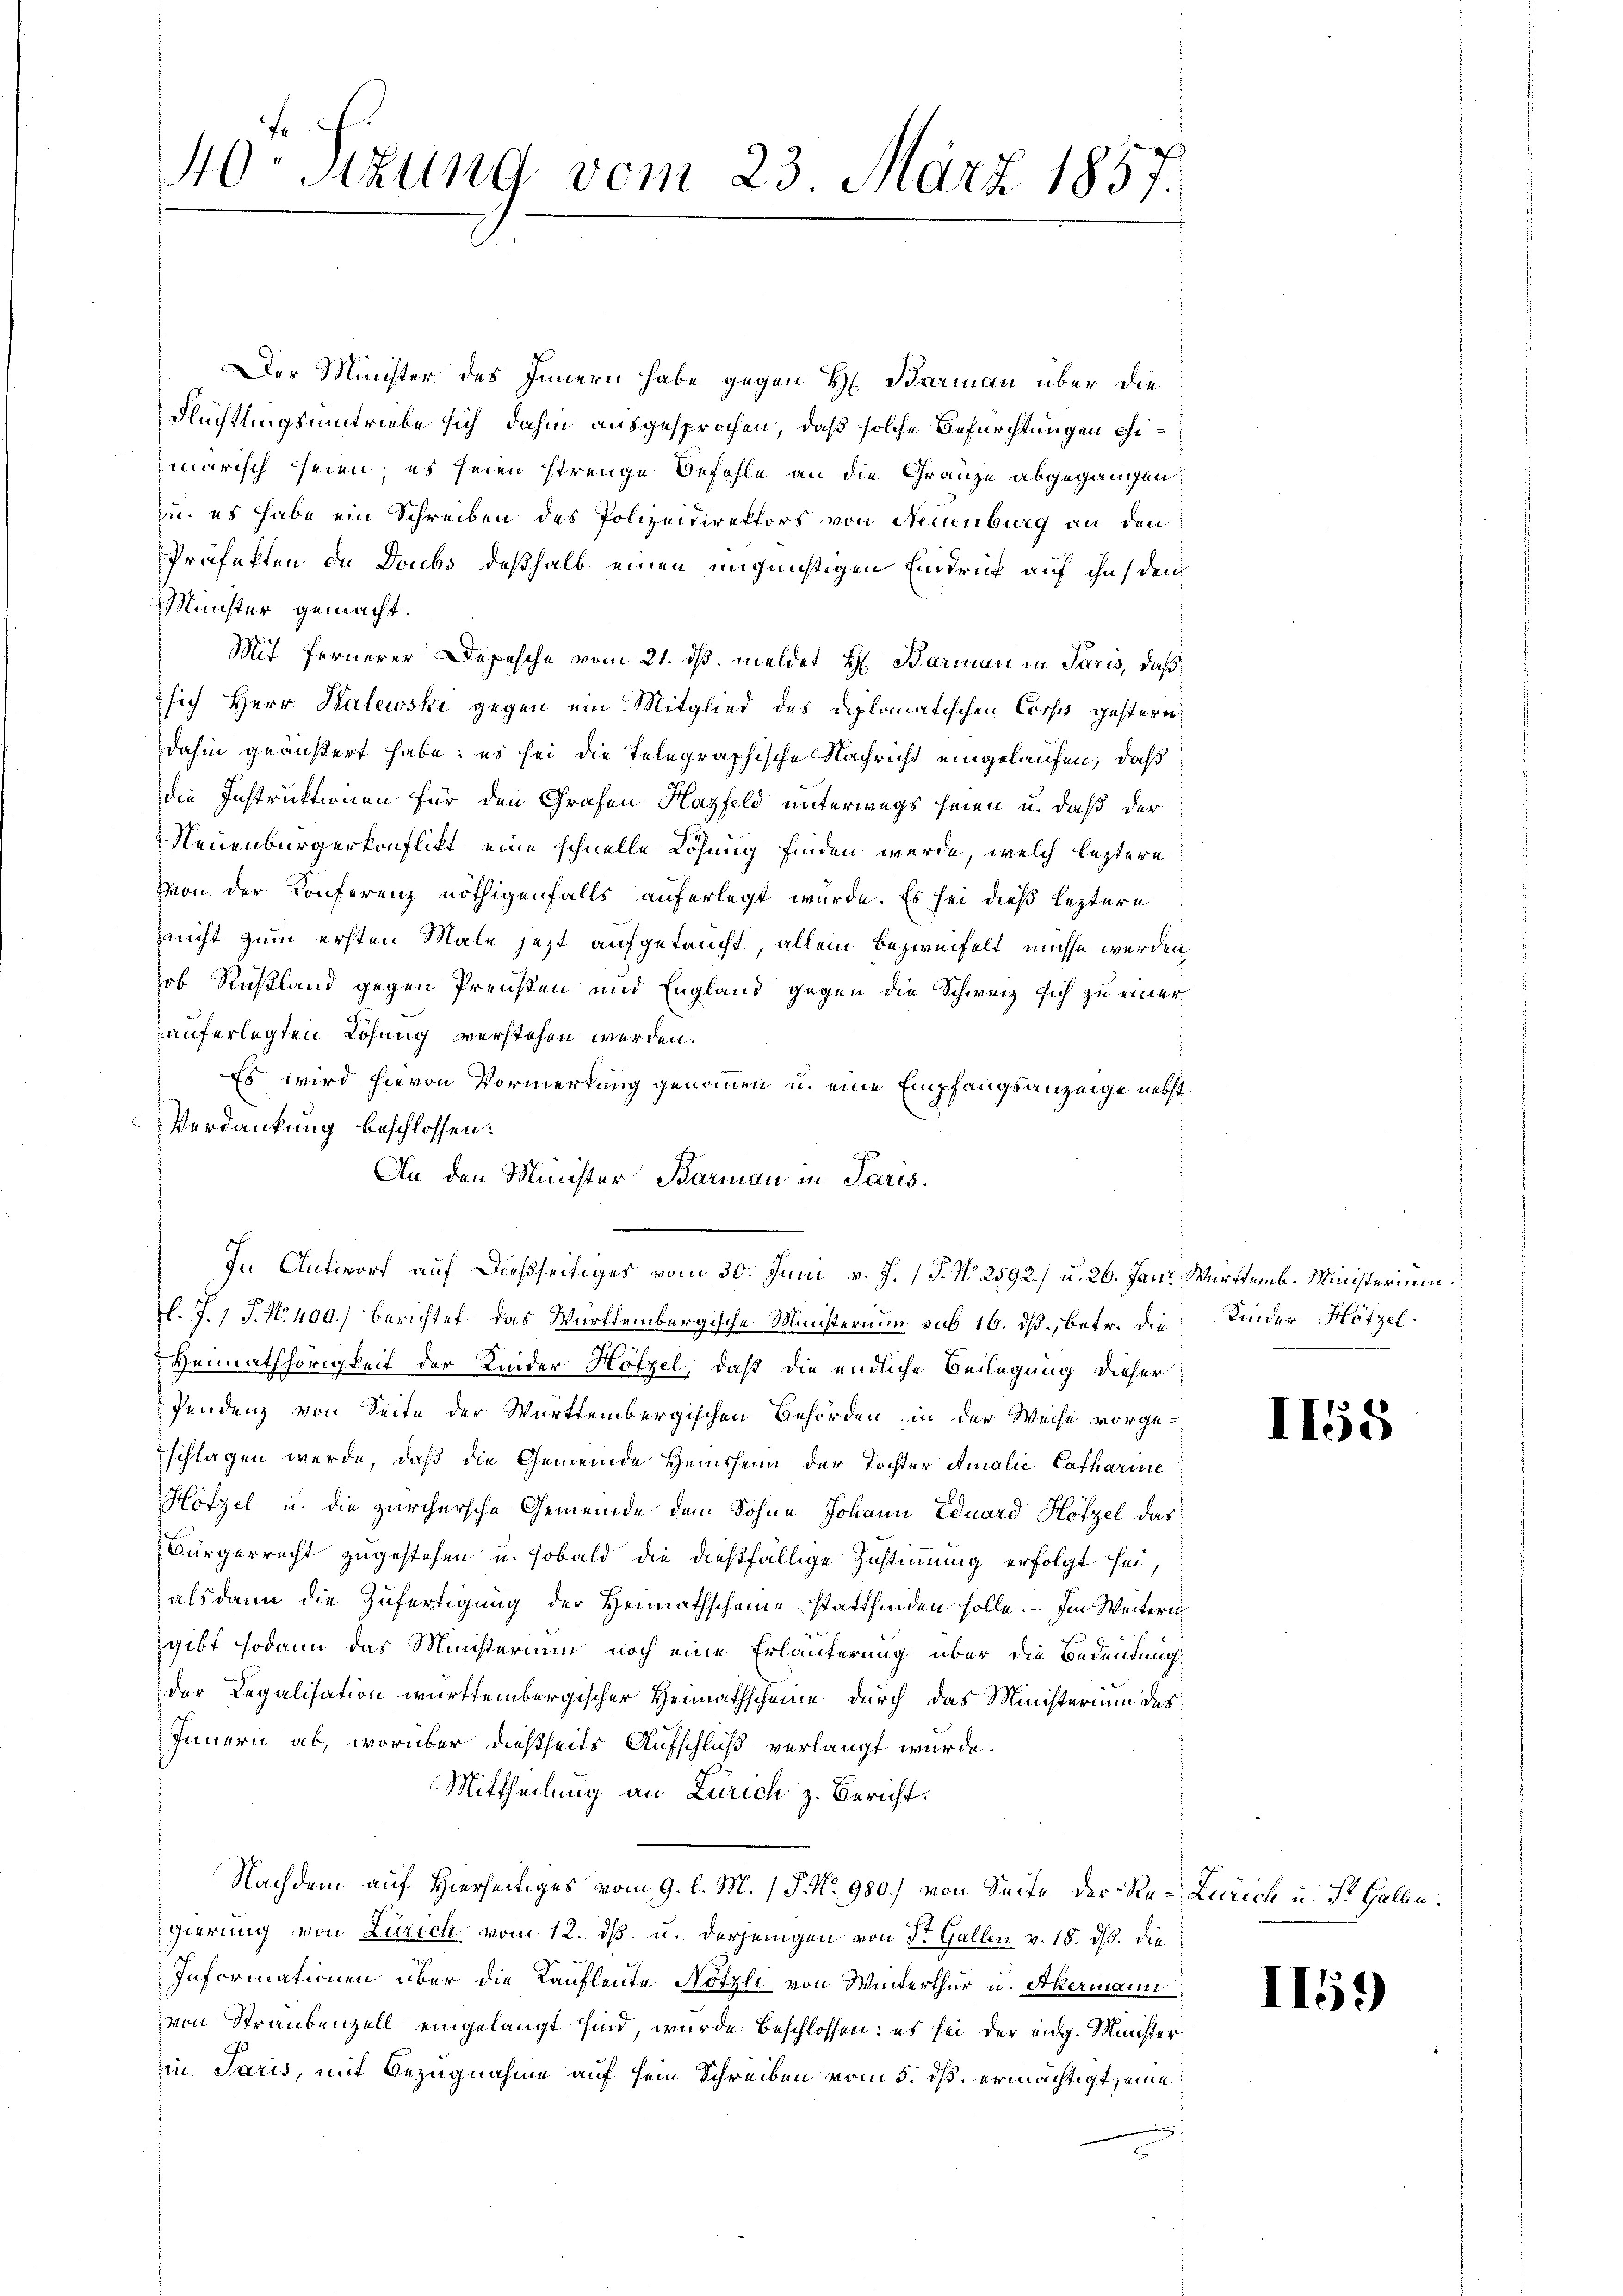
40. Sekung vom 23. März 1857.

Der Minister, des Innern habe gegen H. Barmann über die
Flüchtungsumtriebe sich dahin ausgesprochen, daß solche Befürchtungen eimarisch seien; es seien strenge Befehle an die Gränze abgegangen
u. es habe ein Schreiben des Polizeidirektors von Neuenburg an den
Präfekten de Doubs deßhalb einen ungünstigen Eindruck auf ihn den
Münster gemacht.
Mit fernerer Depesche vom 21. ds. meldet H. Barmann in Paris, daß
2 sich Herr Halewski gegen ein Mitglied des Diplomatischen Corps gestern
dahin geäußert habe; es sei die Telegraphische Nachricht eingelaufen, daß
die Instruktionen für den Grafen Hazfeld unterwegs seien u. daß der
Neuenburgerkonflikt, eine schnelle Lösung finden werde, welch leztere
Von der Konferenz nöthigenfalls auferlegt wurde. Es sei dieß leztere
Zeucht zum ersten Male jetzt aufgetaucht, allein bezweifelt, müsse werden
ob Rußland gegen Preisten und England gegen die Schweiz sich zu einer
auferlegten Lösung verstehen werden.
Es wird hievon Vormerkung genommen u. eine Empfangsanzeige nebst
Verdankung beschlossen:
An den Minister Barmann in Paris.
In Antworf auf dießseitiges vom 30. Juni v. J. (T. N. 2592) u. 26. Jan. Württemb. Ministerium
l. J. J. N. 400.) Berichtet das Württembergische Ministerium sub 16. ds., betr. die Kinder Hötzel
Heimathörigkeit der Kinder Höfzel, daß die endliche Beilegung dieser
Pendenz von Seite der Württembergischen Behörden, in der Weise vorge-
schlagen werde, daß die Gemeinde Heinsheim der Tochter Amalie Catharine
Hötzel u. die zürchersche Gemeinde dem Sohne Johann Eduard Höfzel das
Bürgerrecht zugestehen u. sobald die dießfällige Zustimmung erfolgt sei,
alsdann die Zufertigung der Heimathscheine stattfinden solle. — Im Weitern
gibt sodann das Ministerium noch eine Erläuterung über die Bedeutung
der Legalisation württembergischer Heimathscheine durch das Ministerium des
Innern ab, worüber dießseits Aufschluß verlangt wurde.
Mittheilung an Zürich z. Bericht.
Nachdem auf Hierseitiges vom 9. l. M. P. Nr. 980.) von Seite der Re-Zürich u. St. Gallen.
gierung von Zürich vom 12. ds. u. derjenigen von Dr. Gallen v. 18. ds. die
Informationen über die Kaufleute Nötzli von Winterthur u. Akermann
von Straubenzell eingelangt sind, wurde beschlossen: es sei der eidg. Minister
in Paris, mit Bezugnahme auf sein Schreiben vom 5. ds. ermächtigt, eine

II55

1159